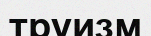
труизм